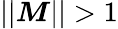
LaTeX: ||\boldsymbol{M}||>1